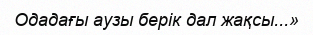
Одадағы аузы берік дал жақсы...»